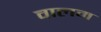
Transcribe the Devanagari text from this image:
वालम